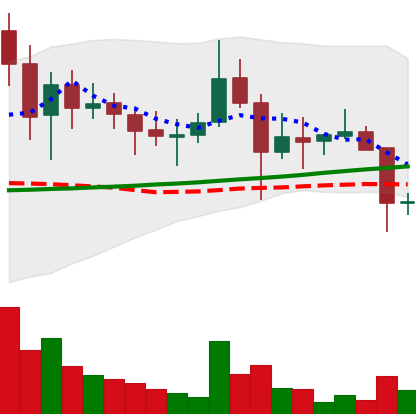
Ticker: DOGE-USD
Chart end date: 2021-11-17
Forward return: -7.5%
Label: down_7plus